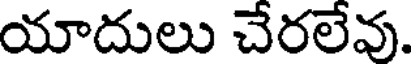
యాదులు చేరలేవు.